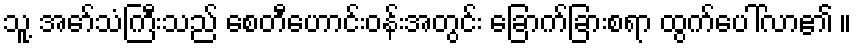
သူ့ အော်သံကြီးသည် စေတီဟောင်းဝန်းအတွင်း ခြောက်ခြားစရာ ထွက်ပေါ်လာ၏ ။